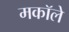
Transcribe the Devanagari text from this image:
मकॉले